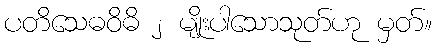
ပတိသေဓဝိဓိ ၂ မျိုးပါသောသုတ်ဟု မှတ်။